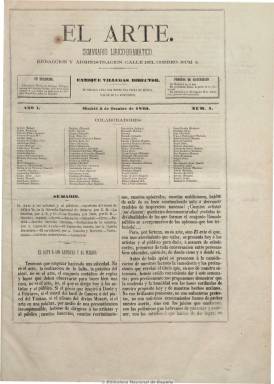
Título: El Arte (Madrid. 1873)
Colección: Música
Ámbito geográfico: Madrid
Lugar de publicación: Madrid
Fechas: 05/10/1873-13/12/1874

Comienza subtitulándose “semanario lírico-dramático”, después “semanario hispano americano de música, literatura, poesía e historia del arte” y, por último, “semanario musical”. De ocho páginas por número, a partir del 17, sólo de cuatro páginas, y una separata de partituras de música para piano o para canto y piano, que no están incluidas en esta colección.

Incluye críticas de las obras estrenadas en los teatros de Madrid y de provincias, así como noticias extranjeras y varias y secciones de última hora y de correspondencia. Ofrece información sobre las actividades de la Escuela Nacional de Música, de la Academia de Bellas Artes y de las sociedades musicales, así como algunas biografías. También una sección de creación literaria, tanto en prosa como en verso y algún folletín. La última plana la dedica a anuncios comerciales.

Su propietario, editor y director es Enrique Villegas. La nómina de colaboradores, que enumera tras su cabecera, se acerca casi al centenar. Entre estos aparecen los nombres de Francisco Asenjo Barbieri, Eduardo de Medina, Ildefonso Jimeno, Francisco Acuña, Pedro Antonio de Alarcón, Antonio Arnao o Manuel Bretón de los Herreros.